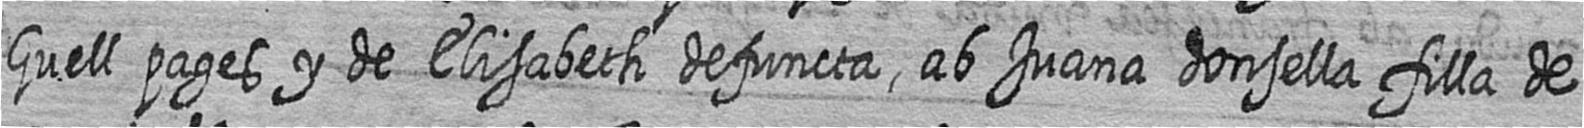
Guell pages y de Elisabeth defuncta ab Juana donsella filla de